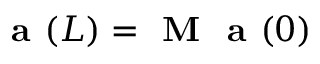
\textbf { a } ( L ) = \textbf { M } \textbf { a } ( 0 )